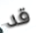
قد